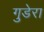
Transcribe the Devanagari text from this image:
गुडेरा